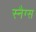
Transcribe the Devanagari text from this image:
स्नैग्स